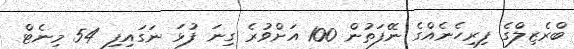
ބްރެޒިލްގެ ފިރިހެނެއްގެ ނޭފަތުން 100 އަށްވުރެ ގިނަ ފުޅަ ނަގައިފި 54 މިނެޓް